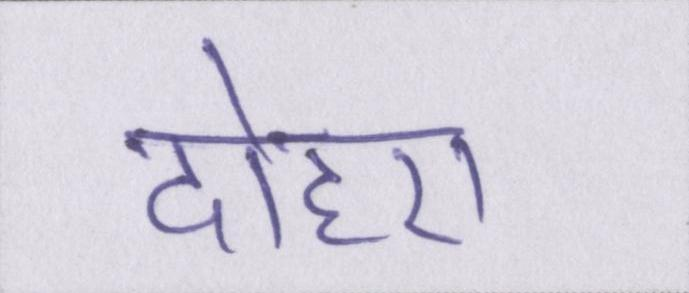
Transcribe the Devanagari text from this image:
दोहरा